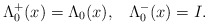
\begin{align*}\Lambda^{+}_{0}(x) = \Lambda_{0}(x),\;\;\; \Lambda^{-}_{0}(x) = I.\end{align*}